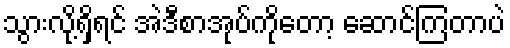
သွားလို့ရှိရင် အဲဒီစာအုပ်ကိုတော့ ဆောင်ကြတာပဲ